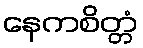
နေကစိတ္တံ